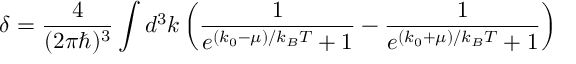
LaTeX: \delta = \frac { 4 } { ( 2 \pi \hbar ) ^ { 3 } } \int d ^ { 3 } k \left( \frac { 1 } { e ^ { ( k _ { 0 } - \mu ) / k _ { B } T } + 1 } - \frac { 1 } { e ^ { ( k _ { 0 } + \mu ) / k _ { B } T } + 1 } \right)